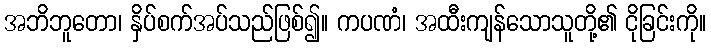
အဘိဘူတော၊ နှိပ်စက်အပ်သည်ဖြစ်၍။ ကပဏံ၊ အထီးကျန်သောသူတို့၏ ငိုခြင်းကို။